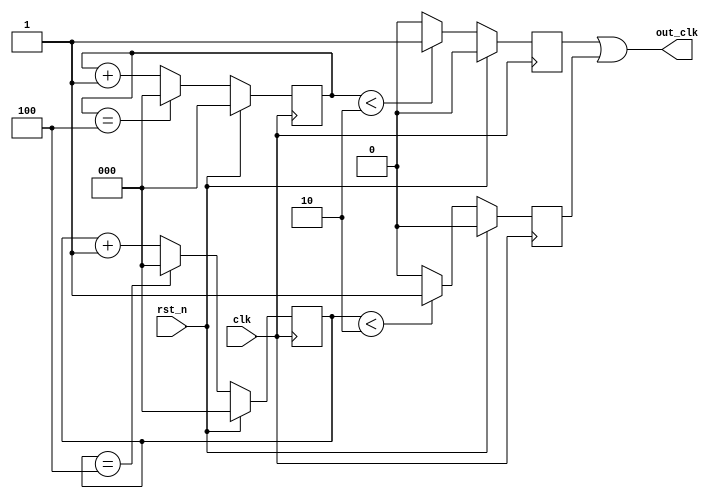

module Counts(rst_n,clk,out_clk);
	input rst_n,clk;
	output wire out_clk;
	
	parameter M = 5; //    
	
	reg [2:0] cnts_1,cnts_2;
	reg c_out1,c_out2;
	assign out_clk = c_out1 | c_out2;
	always@(posedge clk) begin
		if(rst_n)
			cnts_1 <= 3'b0;
		else if(cnts_1 == M-1)  //  -  1
			cnts_1 <= 3'b0;
		else
			cnts_1 <= cnts_1 + 3'b1;
	end
	
	always@(posedge clk) begin
		if(rst_n)
			c_out1 <= 1'b0;
		else if(cnts_1 < (M-1)/2) //
			c_out1 <= 1'b1;
		else
			c_out1 <= 1'b0;
	end
	
	always@(negedge clk) begin
		if(rst_n)
			cnts_2 <= 3'b0;
		else if(cnts_2 == M-1)  //  -  1
			cnts_2 <= 3'b0;
		else
			cnts_2 <= cnts_2 + 3'b1;
	end
	
	always@(negedge clk) begin
		if(rst_n)
			c_out2 <= 1'b0;
		else if(cnts_2 < (M-1)/2) //
			c_out2 <= 1'b1;
		else
			c_out2 <= 1'b0;
	end
endmodule